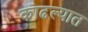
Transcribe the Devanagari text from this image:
काढल्यात